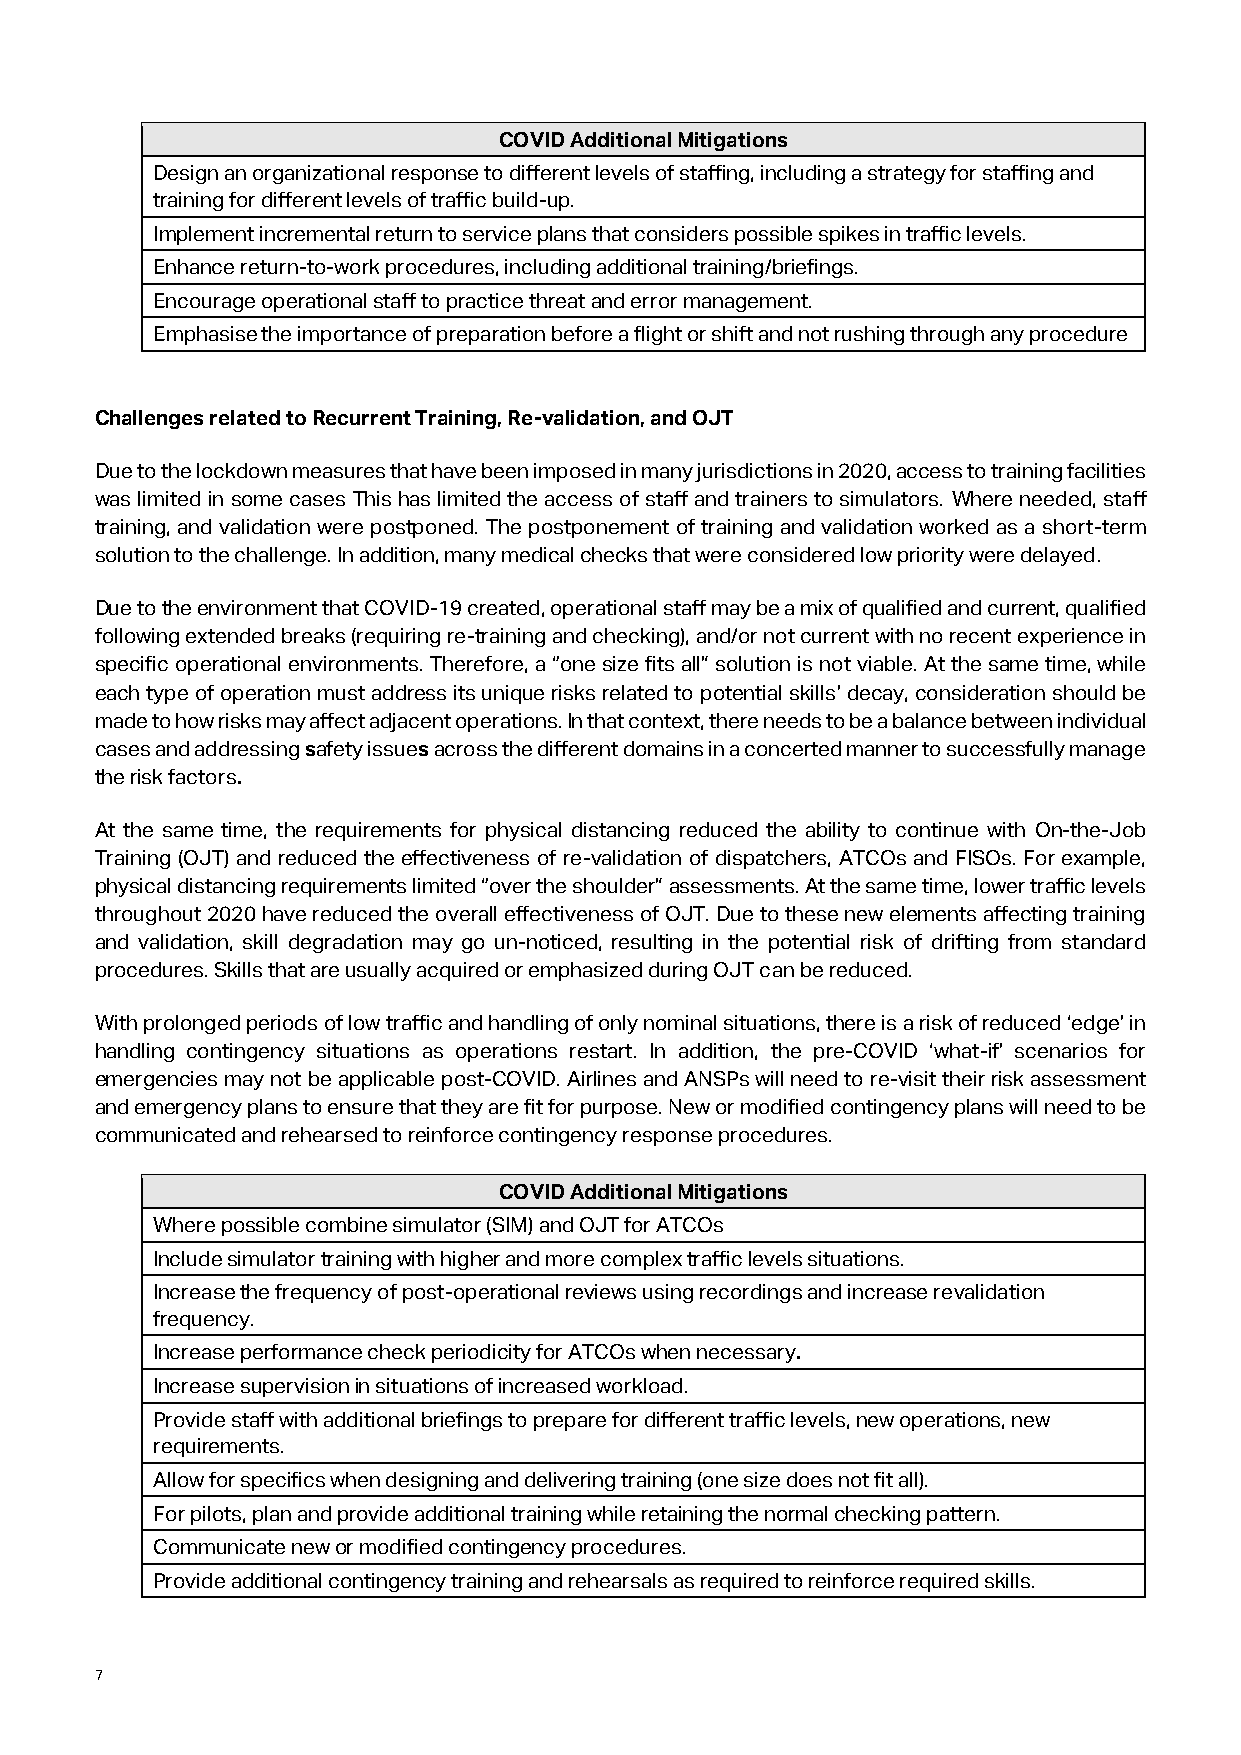
COVID Additional Mitigations
 Design an organizational response to different levels of staffing, including a strategy for staffing and
 training for different levels of traffic build-up.
 Implement incremental return to service plans that considers possible spikes in traffic levels.
 Enhance return-to-work procedures, including additional training/briefings.
 Encourage operational staff to practice threat and error management.
 Emphasise the importance of preparation before a flight or shift and not rushing through any procedure
 Challenges related to Recurrent Training, Re-validation, and OJT
 Due to the lockdown measures that have been imposed in many jurisdictions in 2020, access to training facilities
 was limited in some cases This has limited the access of staff and trainers to simulators. Where needed, staff
 training, and validation were postponed. The postponement of training and validation worked as a short-term
 solution to the challenge. In addition, many medical checks that were considered low priority were delayed.
 Due to the environment that COVID-19 created, operational staff may be a mix of qualified and current, qualified
 following extended breaks (requiring re-training and checking), and/or not current with no recent experience in
 specific operational environments. Therefore, a “one size fits all” solution is not viable. At the same time, while
 each type of operation must address its unique risks related to potential skills’ decay, consideration should be
 made to how risks may affect adjacent operations. In that context, there needs to be a balance between individual
 cases and addressing safety issues across the different domains in a concerted manner to successfully manage
 the risk factors.
 At the same time, the requirements for physical distancing reduced the ability to continue with On-the-Job
 Training (OJT) and reduced the effectiveness of re-validation of dispatchers, ATCOs and FISOs. For example,
 physical distancing requirements limited “over the shoulder” assessments. At the same time, lower traffic levels
 throughout 2020 have reduced the overall effectiveness of OJT. Due to these new elements affecting training
 and validation, skill degradation may go un-noticed, resulting in the potential risk of drifting from standard
 procedures. Skills that are usually acquired or emphasized during OJT can be reduced.
 With prolonged periods of low traffic and handling of only nominal situations, there is a risk of reduced ‘edge’ in
 handling contingency situations as operations restart. In addition, the pre-COVID ‘what-if’ scenarios for
 emergencies may not be applicable post-COVID. Airlines and ANSPs will need to re-visit their risk assessment
 and emergency plans to ensure that they are fit for purpose. New or modified contingency plans will need to be
 communicated and rehearsed to reinforce contingency response procedures.
 COVID Additional Mitigations
 Where possible combine simulator (SIM) and OJT for ATCOs
 Include simulator training with higher and more complex traffic levels situations.
 Increase the frequency of post-operational reviews using recordings and increase revalidation
 frequency.
 Increase performance check periodicity for ATCOs when necessary.
 Increase supervision in situations of increased workload.
 Provide staff with additional briefings to prepare for different traffic levels, new operations, new
 requirements.
 Allow for specifics when designing and delivering training (one size does not fit all).
 For pilots, plan and provide additional training while retaining the normal checking pattern.
 Communicate new or modified contingency procedures.
 Provide additional contingency training and rehearsals as required to reinforce required skills.
 7